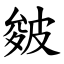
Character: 皴